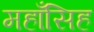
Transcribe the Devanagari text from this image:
महाँसिह